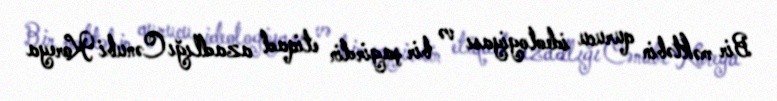
Bir məktəbin qurucu ideologiyası və bir şagirdin etiqad azadlığı Cənubi Koreya